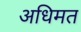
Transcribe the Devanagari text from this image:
अधिमत